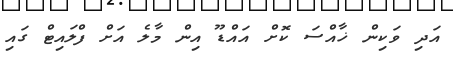
އަދި ވަކިން ޚާއްސަ ކޮށް އައްޑޫ އިން މާލެ އަށް ފްލައިޓް ގައި